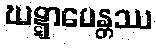
ဃဋ္ဋာပေန္တဿ